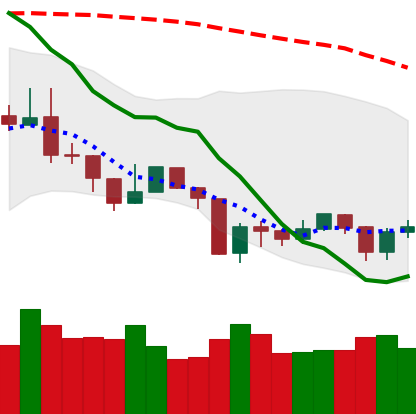
Ticker: NEO-USD
Chart end date: 2019-08-23
Forward return: -7.706%
Label: down_7plus